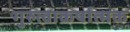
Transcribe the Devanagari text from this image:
गुरुत्वाकर्षात्मक